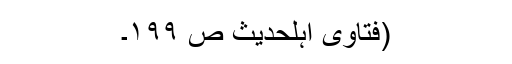
(فتاوٰی اہلحدیث ص ۱۹۹۔